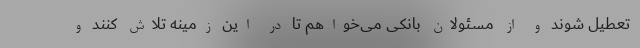
تعطیل شوند و از مسئولان بانکی می‌خواهم تا در این زمینه تلاش کنند و